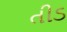
તીડ